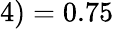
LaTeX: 4)=0.75